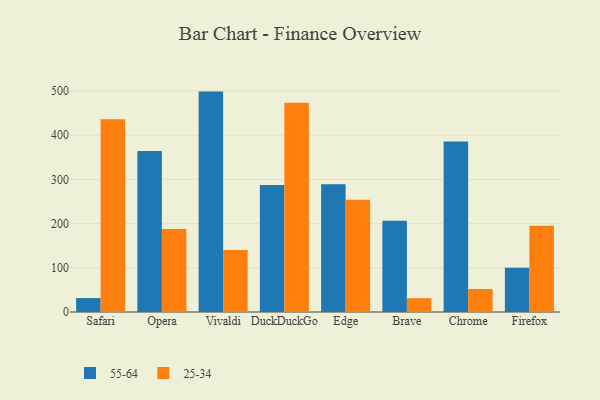
{"axis": {"x": "Browser", "y": "Operating Costs (USD K)"}, "legend": ["25-34", "55-64"], "data": [{"x": "Safari", "y": 31.5, "type": "55-64"}, {"x": "Safari", "y": 435.8, "type": "25-34"}, {"x": "Opera", "y": 364.1, "type": "55-64"}, {"x": "Opera", "y": 187.6, "type": "25-34"}, {"x": "Vivaldi", "y": 498.6, "type": "55-64"}, {"x": "Vivaldi", "y": 140.0, "type": "25-34"}, {"x": "DuckDuckGo", "y": 287.4, "type": "55-64"}, {"x": "DuckDuckGo", "y": 473.5, "type": "25-34"}, {"x": "Edge", "y": 289.1, "type": "55-64"}, {"x": "Edge", "y": 254.0, "type": "25-34"}, {"x": "Brave", "y": 206.6, "type": "55-64"}, {"x": "Brave", "y": 31.2, "type": "25-34"}, {"x": "Chrome", "y": 385.8, "type": "55-64"}, {"x": "Chrome", "y": 52.1, "type": "25-34"}, {"x": "Firefox", "y": 100.3, "type": "55-64"}, {"x": "Firefox", "y": 195.4, "type": "25-34"}]}